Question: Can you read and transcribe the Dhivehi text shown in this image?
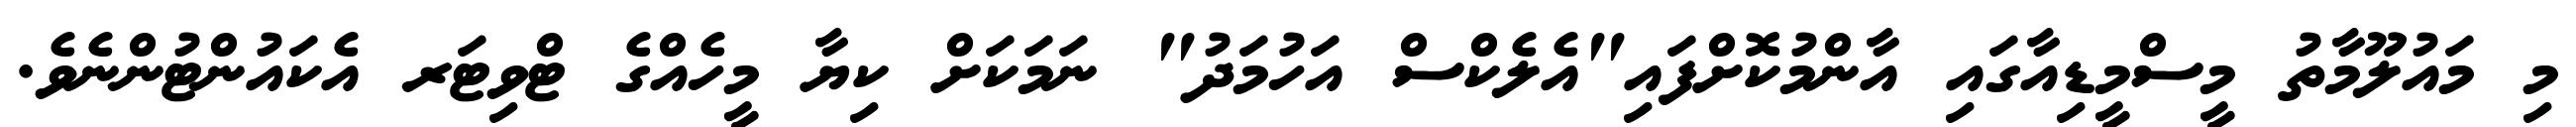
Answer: މި މައުލޫމާތު މީސްމީޑިއާގައި އާންމުކޮށްފައި"އެލެކްސް އަހުމަދު" ނަމަކަށް ކިޔާ މީހެއްގެ ޓްވިޓަރ އެކައުންޓުންނެވެ.